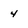
Character: 4